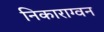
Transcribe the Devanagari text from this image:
निकाराग्वन